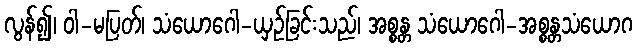
လွန်၍၊ ဝါ-မပြတ်၊ သံယောဂေါ-ယှဉ်ခြင်းသည်၊ အစ္စန္တ သံယောဂေါ-အစ္စန္တသံယောဂ